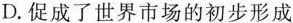
D.促成了世界市场的初步形成